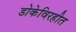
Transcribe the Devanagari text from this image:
डोकेविरहीत